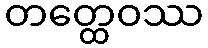
တတ္ထေဝဿ